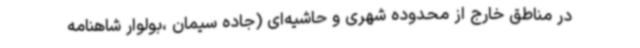
در مناطق خارج از محدوده شهری و حاشیه‌ای (جاده سیمان ،بولوار شاهنامه